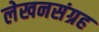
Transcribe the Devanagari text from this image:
लेखनसंग्रह